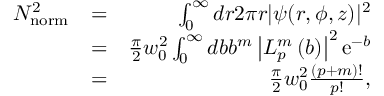
\begin{array} { r l r } { N _ { \mathrm { n o r m } } ^ { 2 } } & { = } & { \int _ { 0 } ^ { \infty } d r 2 \pi r | \psi ( r , \phi , z ) | ^ { 2 } } \\ & { = } & { \frac { \pi } { 2 } w _ { 0 } ^ { 2 } \int _ { 0 } ^ { \infty } d b b ^ { m } \left| L _ { p } ^ { m } \left( b \right) \right| ^ { 2 } \mathrm { e } ^ { - b } } \\ & { = } & { \frac { \pi } { 2 } w _ { 0 } ^ { 2 } \frac { ( p + m ) ! } { p ! } , } \end{array}